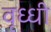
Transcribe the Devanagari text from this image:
वृध्धी